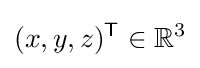
(x,y,z)^{\mathsf {T}}\in \mathbb {R} ^{3}\,\!